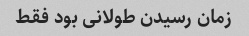
زمان رسیدن طولانی بود فقط